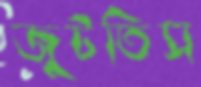
জুটতিস